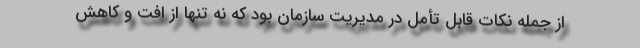
از جمله نکات قابل تأمل در مدیریت سازمان بود که نه تنها از افت و کاهش